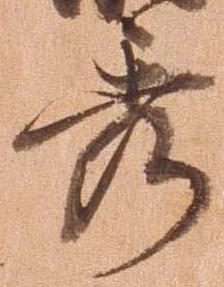
秀